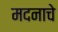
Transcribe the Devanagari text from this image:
मदनाचे